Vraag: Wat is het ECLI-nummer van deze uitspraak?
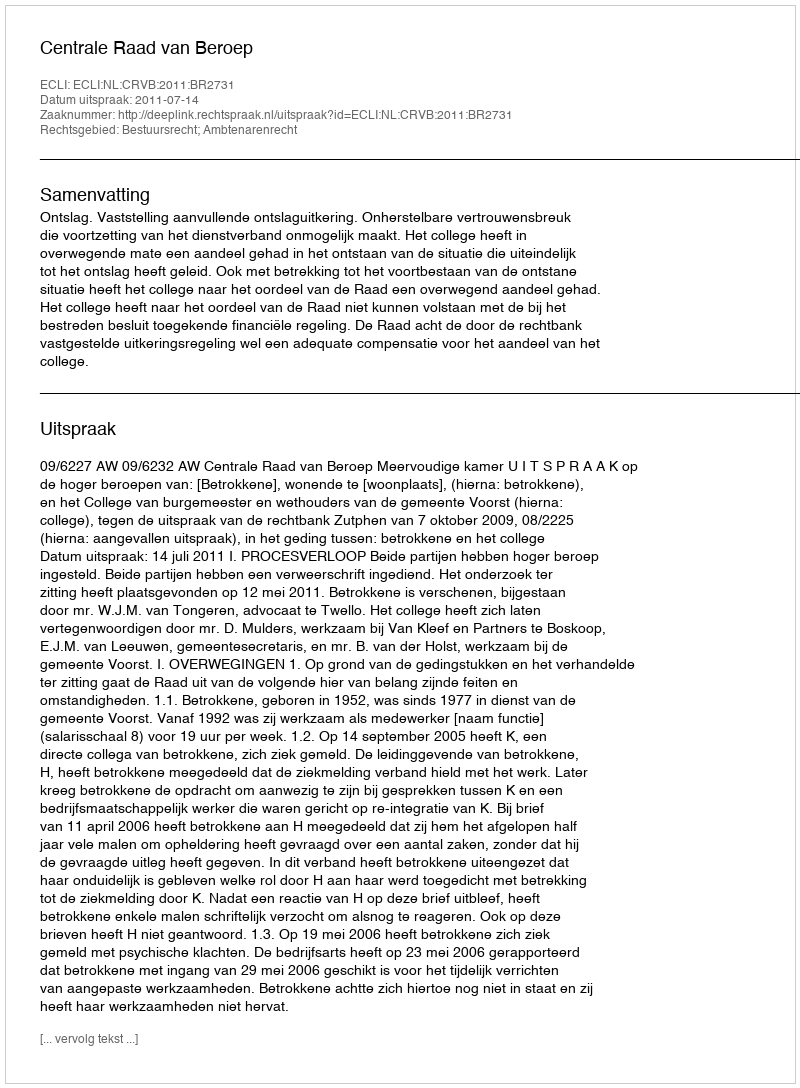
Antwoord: ECLI:NL:CRVB:2011:BR2731